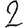
Digit: 2